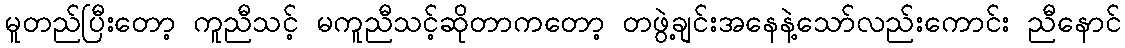
မူတည်ပြီးတော့ ကူညီသင့် မကူညီသင့်ဆိုတာကတော့ တဖွဲ့ချင်းအနေနဲ့သော်လည်းကောင်း ညီနောင်